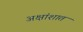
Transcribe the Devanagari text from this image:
अक्षांशात